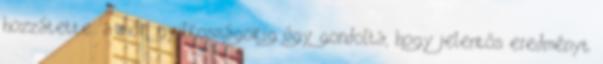
hozzátette: a móri gyilkosságokig úgy gondolta, hogy jelentős eredményt